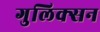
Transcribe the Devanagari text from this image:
गुलिक्सन